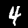
Digit: 4